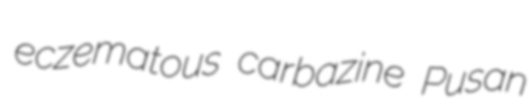
eczematous carbazine Pusan